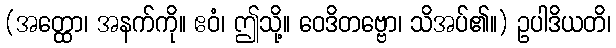
(အတ္ထော၊ အနက်ကို။ ဧဝံ၊ ဤသို့။ ဝေဒိတဗ္ဗော၊ သိအပ်၏။) ဥပါဒိယတိ၊